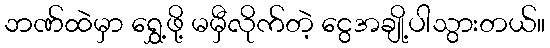
ဘဏ်ထဲမှာ ရွှေ့ဖို့ မမှီလိုက်တဲ့ ငွေအချို့ပါသွားတယ်။